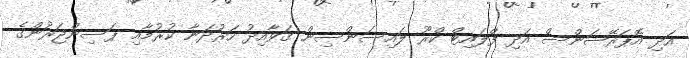
އަދި އޮޕަރޭޝަންސް އަދި ފްލައިޓް ކްރޫ ލައިސަންސިން ގަވާއިދު ހަރުދަނާ ކުރުމާއި ޕަސިންޖަރުންގެ